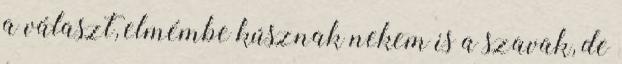
a választ, elmémbe kúsznak nekem is a szavak, de